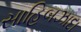
સાહિબઝાદા